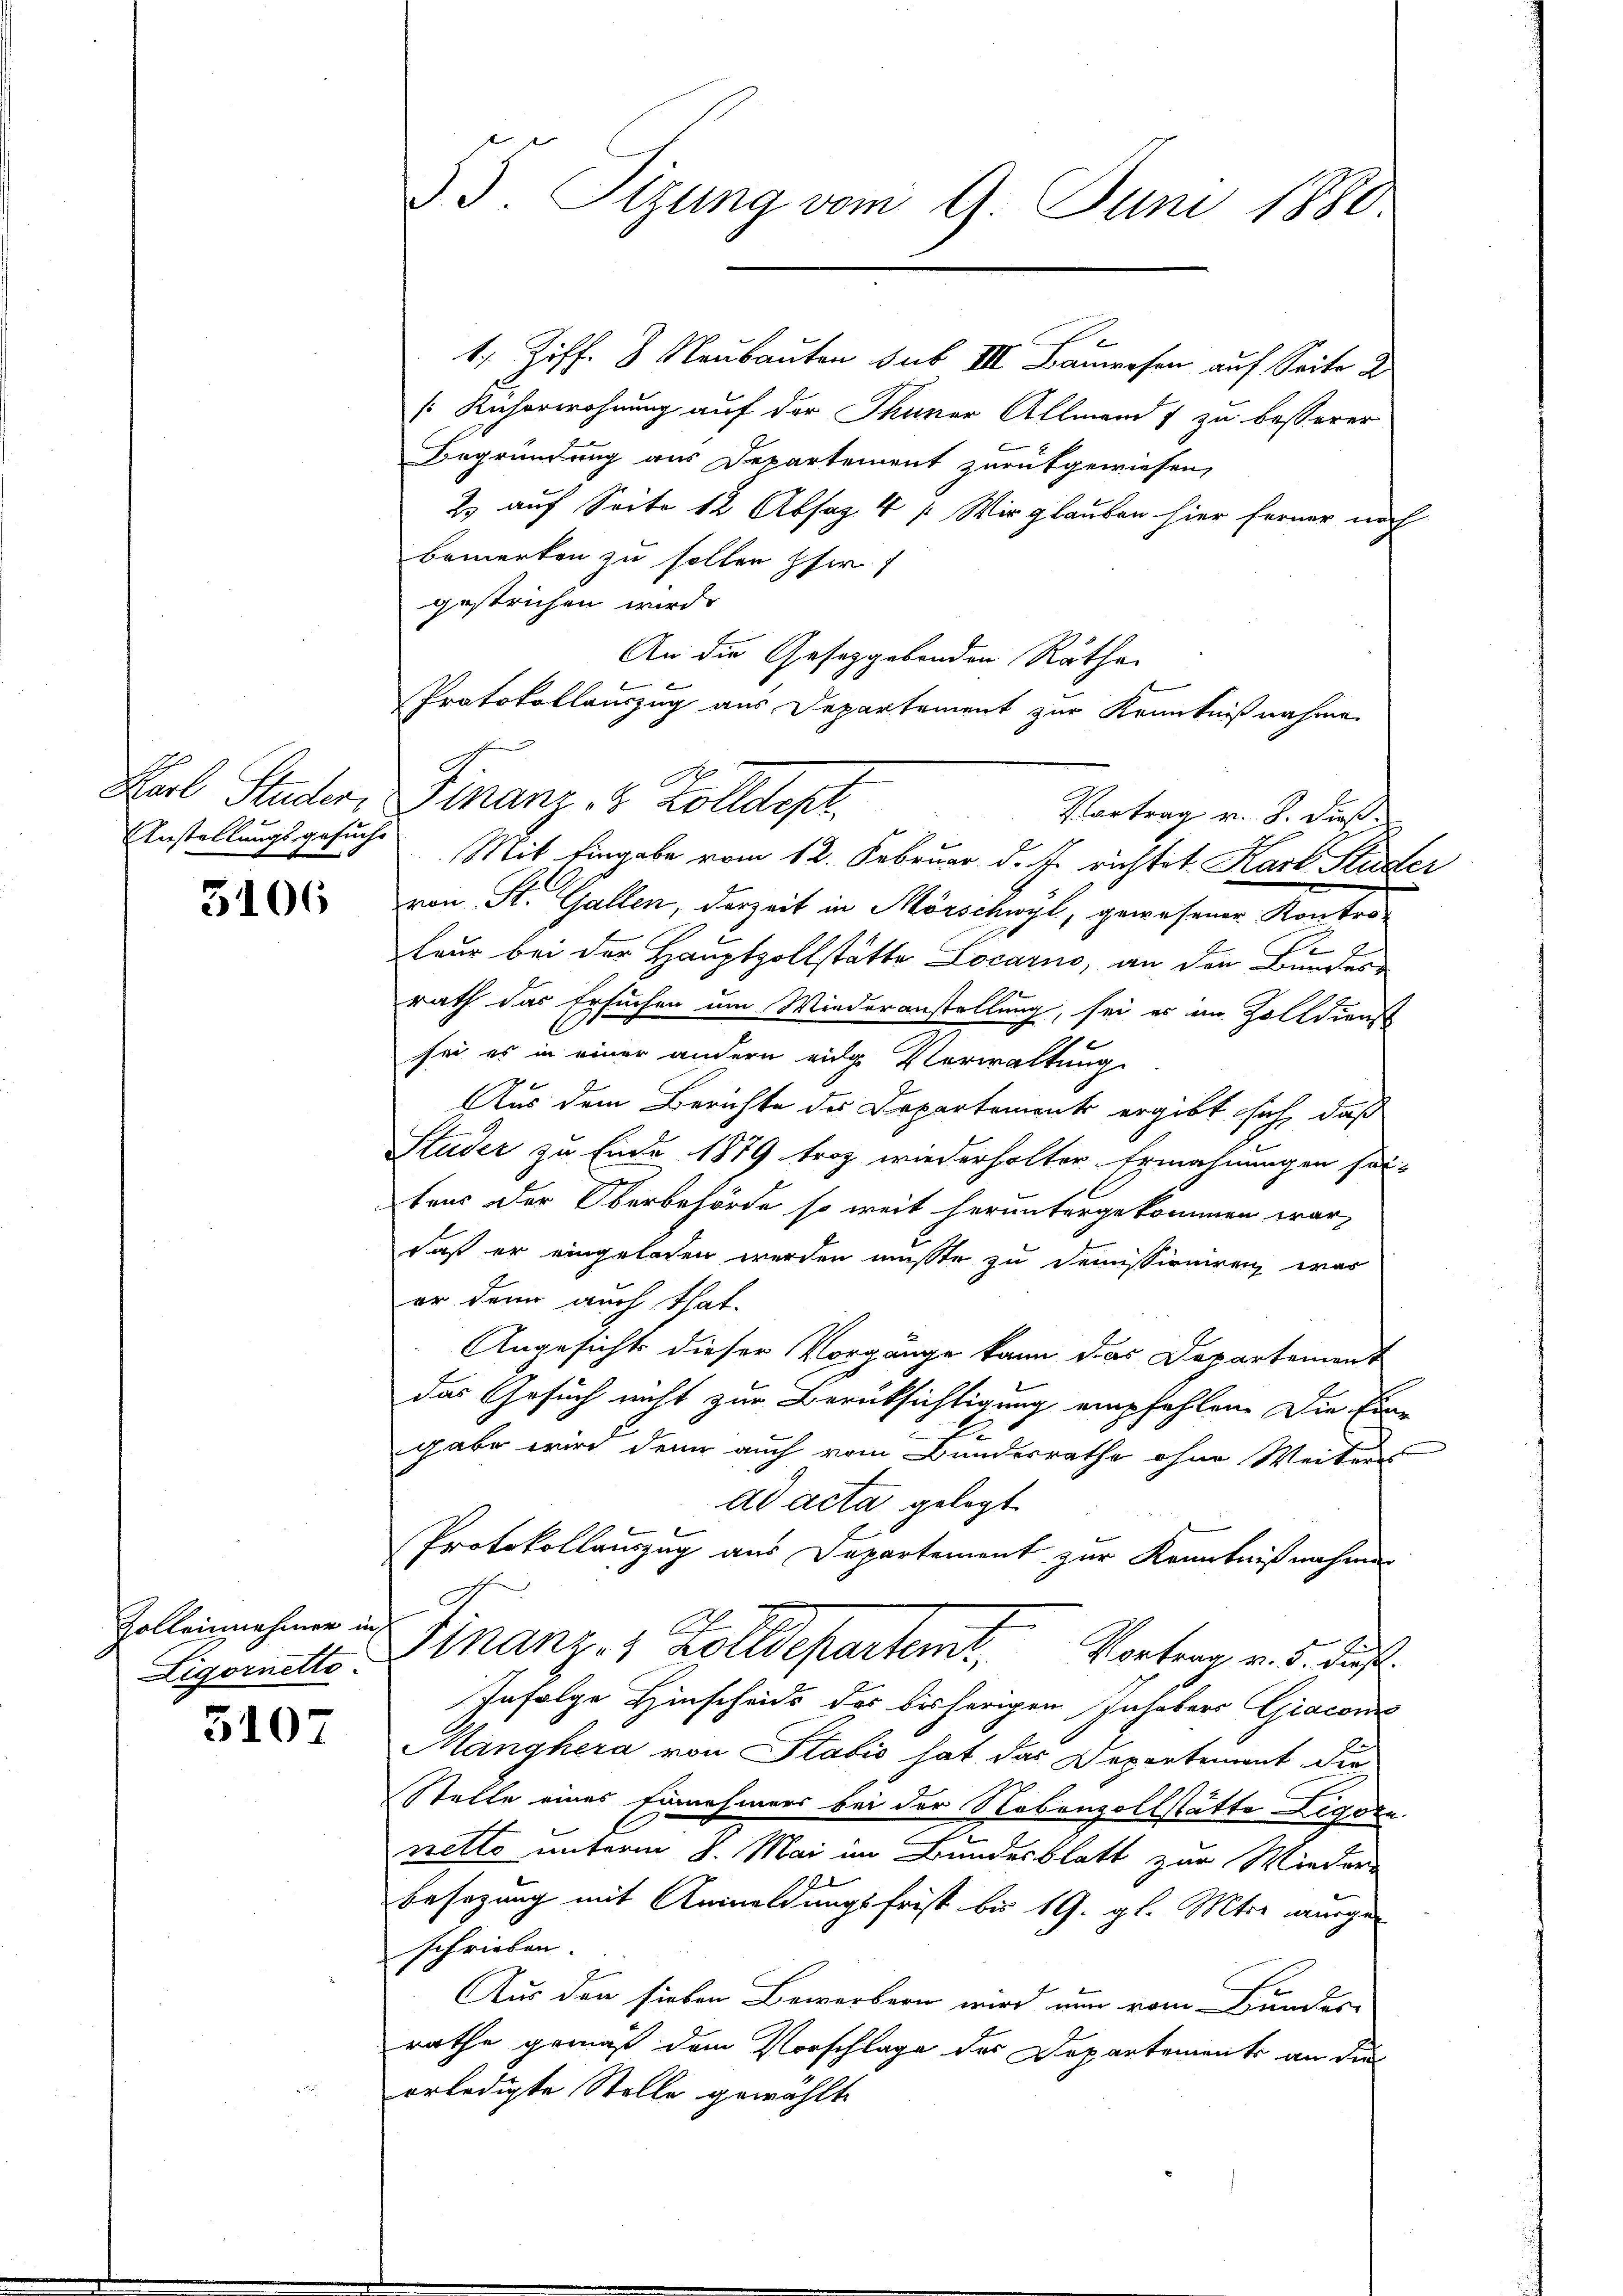
Anstellungsgesuche

3106

Zolleinnehmer in
Ligornetto

3107

1 Ziff. 8 Neubauten sub III. Bauwesen auf Seite d
[Kicherwohnung auf der Thuner Allmend zu besserer
Begründung aus Departement zurükgewiesen,
2. auf Seite 12 Absag 4 /: Wir glauben hier ferner noch
bemerken zu sollen pfer
gestrichen wird.
An die Gesetzgebenden Rathe
.
Mit Eingabe vom 12. Februar d. Js. richtet. Karl Studer
von St. Gallen, derzeit in Mörschwyl, gewesener Kontod
1
teur bei der Hauptzollstätte Locarno, an den Bundes
rath das Ersuchen um Wiederanstellung, sei es in Zolldiens
6
sei es in einer andern eidg. Verwaltung
Aus dem Berichte des Departement ergibt sich, daß
Studer zu Ende 1879 troz wiederholter Ermahnungen sei-
tens der Oberbehörde so weit heruntergekommen war,
daß er eingelesen werden müsste zu demissioniren, was
er denn auch that.
Angesichts dieser Vorgänge kann das Departement
das Gesuch nicht zur Berüksichtigung empfehlen. Die Eine
gabe wird denn auch vom Bundesrathe ohne Weiteres
ad acta gelegt.
Protokollauszug aus Departement zur Kenntnißnahmen
A
Finanzes volldepartemt, Vortrag v. 5. Fuß.
Infolge Hinscheids des bisherigen Inhabers Giacon
Manghera von Stabis hat das Departement die
Stelle eines Einnahmers bei der Nebenzollstätte Ligore
netto unterm 8. Mai im Bundesblatt zur Wieder-
besezung mit Anmeldungsfrist bis 19. gl. Mter wurge
schrieben.
Aus den sieben Bewerbern wird nun vom Bundes-
rathe gemäß dem Vorschlage des Departements an die
erledigte Stelle gewählt

55. Sizung vom 9. Juni 1880

Karl Studer, Finanz- & Zolldept.

Protokollauszug aus Departement zur Kenntnißnahme
d
Vortrag v. S. dieß